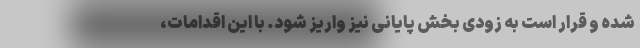
شده و قرار است به زودی بخش پایانی نیز واریز شود. با این اقدامات،